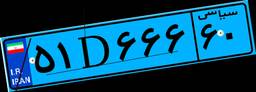
۰۵D۷۶۱۹۷